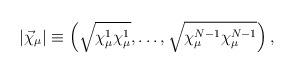
LaTeX: \begin{align*}\left|\vec\chi_\mu\right|\equiv\left(\sqrt{\chi_\mu^1\chi_\mu^1},\ldots,\sqrt{\chi_\mu^{N-1}\chi_\mu^{N-1}}\right),\end{align*}